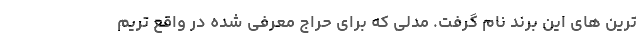
ترین های این برند نام گرفت. مدلی که برای حراج معرفی شده در واقع تریم